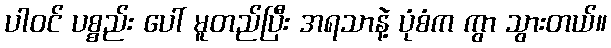
ပါဝင် ပစ္စည်း ပေါ် မူတည်ပြီး အရသာနဲ့ ပုံစံက ကွာ သွားတယ်။